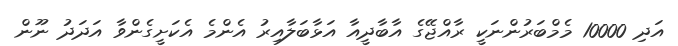
އަދި 10000 މެމްބަރުންނަކީ ރާއްޖޭގެ އާބާދީއާ އަޅާބަލާއިރު އެންމެ އެކަށީގެންވާ އަދަދު ނޫން